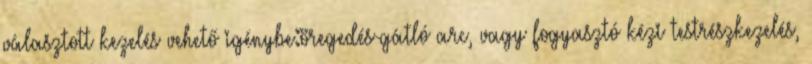
választott kezelés vehető igénybe:öregedés-gátló arc, vagy fogyasztó kézi testrészkezelés,